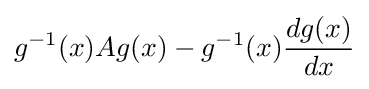
g^{-1}(x)Ag(x)-g^{-1}(x){\frac {dg(x)}{dx}}